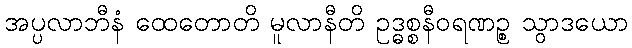
အပ္ပလာဘီနံ ထေတောတိ မူလာနီတိ ဥဒ္ဓစ္စနီဝရဏဉ္စ သွာဒယော